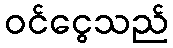
ဝင်ငွေသည်